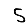
Digit: 5